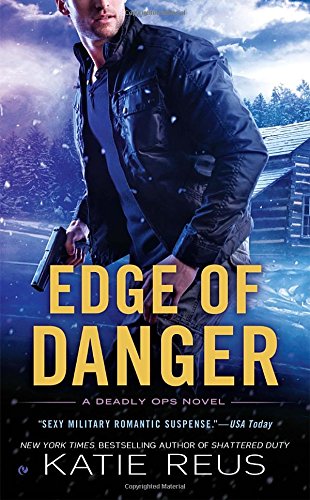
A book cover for Edge of Danger: A Deadly Ops Novel (Deadly Ops Series); Katie Reus; Romance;